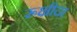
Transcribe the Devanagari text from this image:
रूक्षीदा